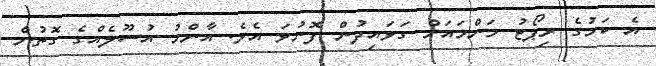
އެ ކަމުގެ ރިޕޯޓު މަންމައަށް ގަވައިދުން ފޮނުވަ އެވެ. އާންމު އުސޫލެއްގެ ގޮތުން